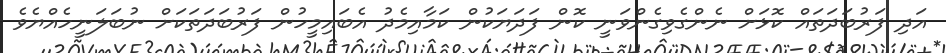
އަދި ފަރުބަދަތައް ކޮޅަށް ނެންގެވިގެންވަނީ ކޮން ފަދަޔަކުން ކަމާއިމެދު އެބައިމީހުން ފަރުބަދަތަކަށް ނުބަލަނީހެއްޔެވެ